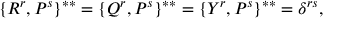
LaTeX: \{ { \cal R } ^ { r } , { \cal P } ^ { s } \} ^ { * * } = \{ { \cal Q } ^ { r } , { \cal P } ^ { s } \} ^ { * * } = \{ { \cal Y } ^ { r } , { \cal P } ^ { s } \} ^ { * * } = \delta ^ { r s } ,